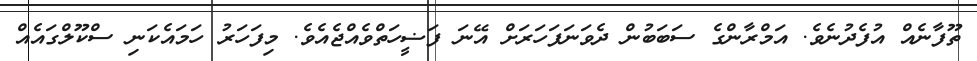
ތޫފާނެއް އުފެދުނެވެ. އަމްރާންގެ ސަބަބުން ދެވަނަފަހަރަށް އޭނަ ފަޟީހަތްވެއްޖެއެވެ. މިފަހަރު ހަމައެކަނި ސްކޫލްގައެއް